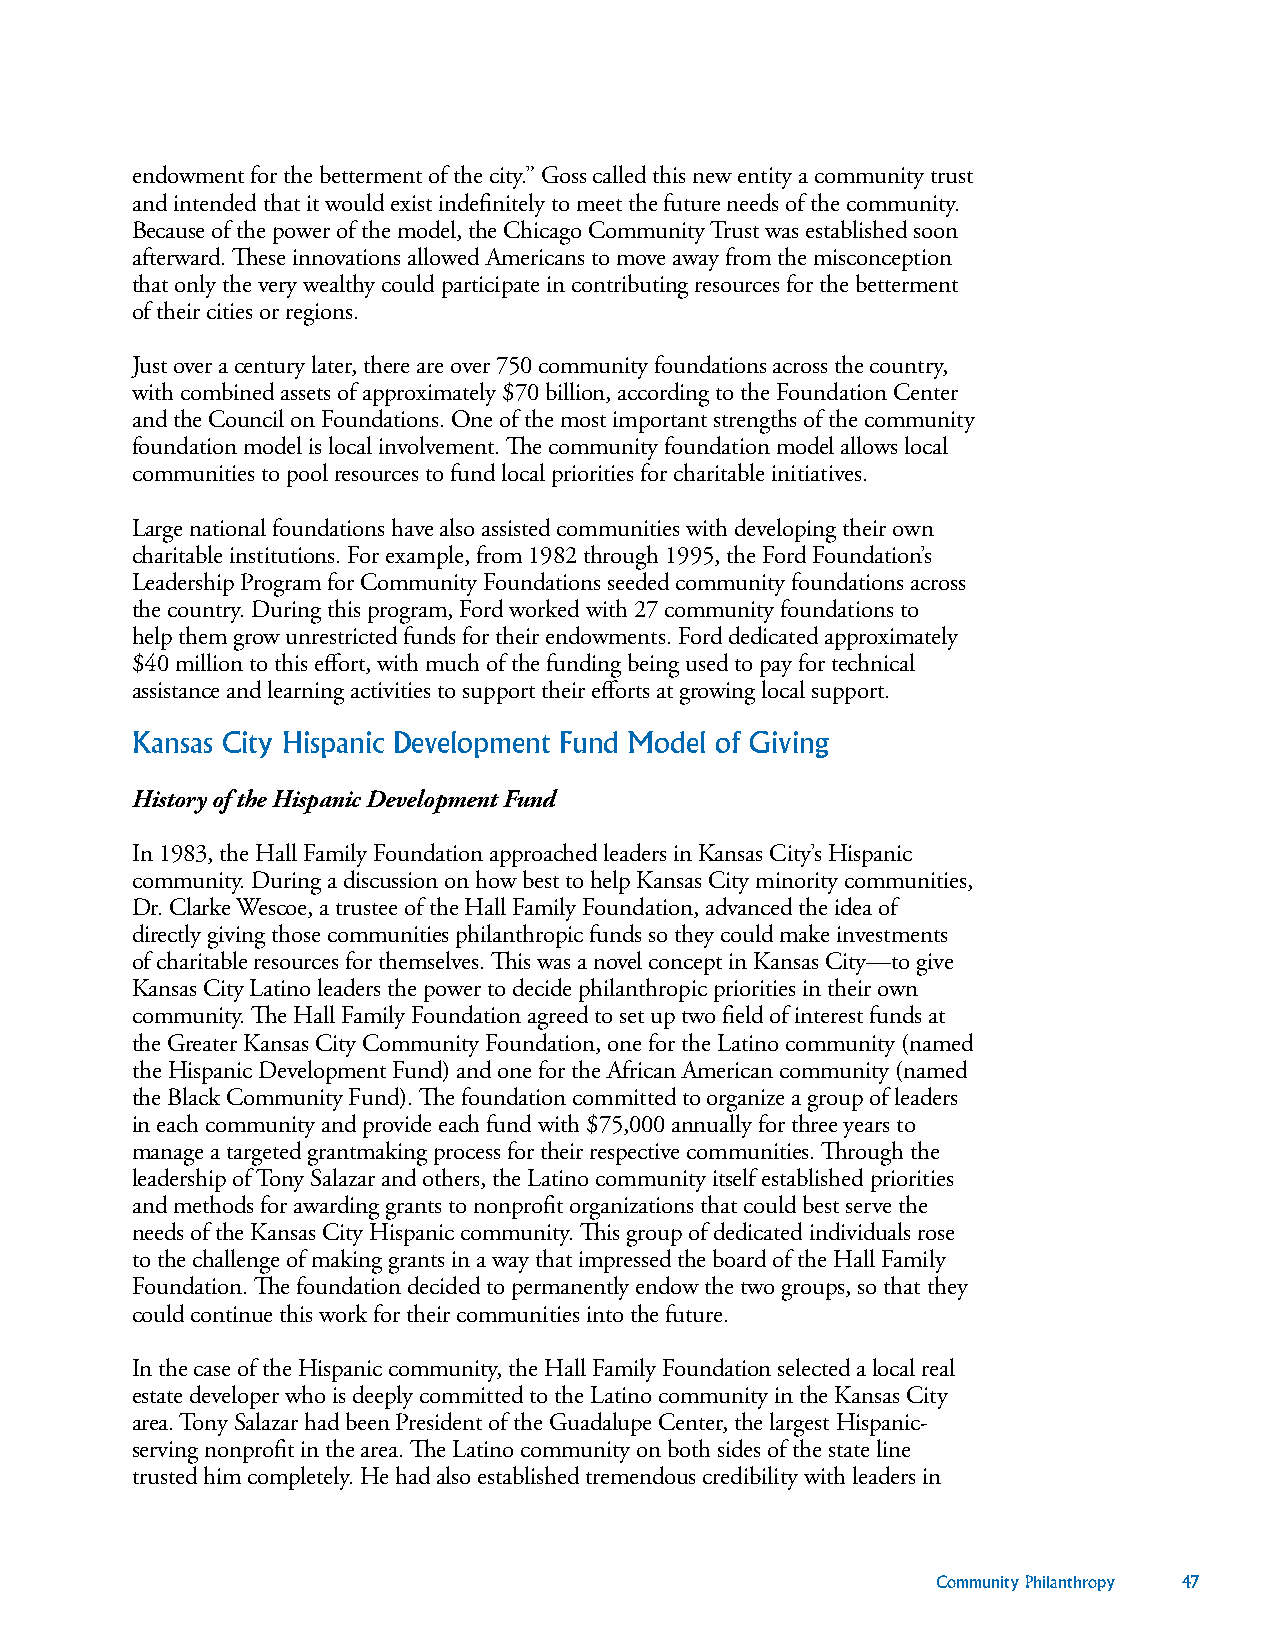
endowment for the betterment of the city.” Goss called this new entity a community trust
 and intended that it would exist indefinitely to meet the future needs of the community.
 Because of the power of the model, the Chicago Community Trust was established soon
 afterward. These innovations allowed Americans to move away from the misconception
 that only the very wealthy could participate in contributing resources for the betterment
 of their cities or regions.
 Just over a century later, there are over 750 community foundations across the country,
 with combined assets of approximately $70 billion, according to the Foundation Center
 and the Council on Foundations. One of the most important strengths of the community
 foundation model is local involvement. The community foundation model allows local
 communities to pool resources to fund local priorities for charitable initiatives.
 Large national foundations have also assisted communities with developing their own
 charitable institutions. For example, from 1982 through 1995, the Ford Foundation’s
 Leadership Program for Community Foundations seeded community foundations across
 the country. During this program, Ford worked with 27 community foundations to
 help them grow unrestricted funds for their endowments. Ford dedicated approximately
 $40 million to this effort, with much of the funding being used to pay for technical
 assistance and learning activities to support their efforts at growing local support.
 Kansas City Hispanic Development Fund Model of Giving
 History of the Hispanic Development Fund
 In 1983, the Hall Family Foundation approached leaders in Kansas City’s Hispanic
 community. During a discussion on how best to help Kansas City minority communities,
 Dr. Clarke Wescoe, a trustee of the Hall Family Foundation, advanced the idea of
 directly giving those communities philanthropic funds so they could make investments
 of charitable resources for themselves. This was a novel concept in Kansas City—to give
 Kansas City Latino leaders the power to decide philanthropic priorities in their own
 community. The Hall Family Foundation agreed to set up two field of interest funds at
 the Greater Kansas City Community Foundation, one for the Latino community (named
 the Hispanic Development Fund) and one for the African American community (named
 the Black Community Fund). The foundation committed to organize a group of leaders
 in each community and provide each fund with $75,000 annually for three years to
 manage a targeted grantmaking process for their respective communities. Through the
 leadership of Tony Salazar and others, the Latino community itself established priorities
 and methods for awarding grants to nonprofit organizations that could best serve the
 needs of the Kansas City Hispanic community. This group of dedicated individuals rose
 to the challenge of making grants in a way that impressed the board of the Hall Family
 Foundation. The foundation decided to permanently endow the two groups, so that they
 could continue this work for their communities into the future.
 In the case of the Hispanic community, the Hall Family Foundation selected a local real
 estate developer who is deeply committed to the Latino community in the Kansas City
 area. Tony Salazar had been President of the Guadalupe Center, the largest Hispanic-
 serving nonprofit in the area. The Latino community on both sides of the state line
 trusted him completely. He had also established tremendous credibility with leaders in
 Community Philanthropy 47